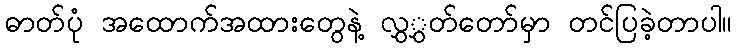
ဓာတ်ပုံ အထောက်အထားတွေနဲ့ လွှွှတ်တော်မှာ တင်ပြခဲ့တာပါ။